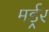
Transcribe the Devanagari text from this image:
मर्ड्रर